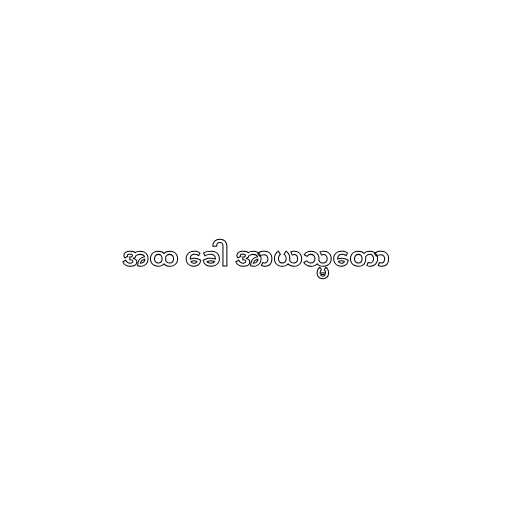
အထ ခေါ အာယသ္မတော